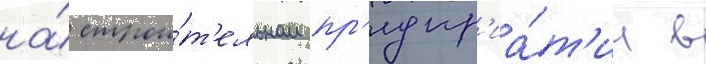
на́ строи́т'ельном пр'едпр'иа́т'ии в